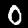
Label: 0